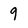
Character: 9